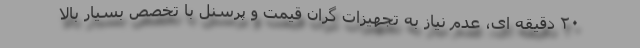
۲۰ دقیقه ای، عدم نیاز به تجهیزات گران قیمت و پرسنل با تخصص بسیار بالا